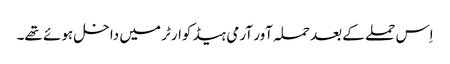
اِس حملے کے بعد حملہ آور آرمی ہیڈ کوارٹر میں داخل ہوئے تھے۔